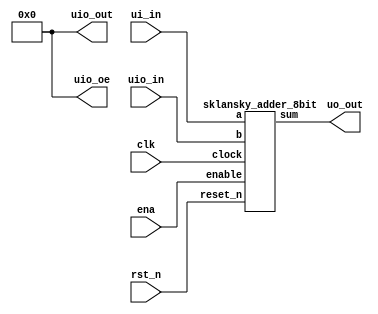
/*
 * Copyright (c) 2024 Daniel Burke
 * SPDX-License-Identifier: Apache-2.0
 */

`timescale 1ns / 1ps
`default_nettype none

module tt_um_drburke3_top (
    input  wire [7:0] ui_in,    // Dedicated inputs
    output wire [7:0] uo_out,   // Dedicated outputs
    input  wire [7:0] uio_in,   // IOs: Input path
    output wire [7:0] uio_out,  // IOs: Output path
    output wire [7:0] uio_oe,   // IOs: Enable path (active high: 0=input, 1=output)
    input  wire       ena,      // will go high when the design is enabled
    input  wire       clk,      // clock
    input  wire       rst_n     // reset_n - low to reset
);

  // All output pins must be assigned. If not used, assign to 0.
  /// assign uo_out  = ui_in + uio_in;  // Example: ou_out is the sum of ui_in and uio_in
  assign uio_out = 0;
  assign uio_oe  = 0;

sklansky_adder_8bit diff_1(
.a      (ui_in[7:0]),   // input a
.sum    (uo_out[7:0]),  // addition out
.b      (uio_in[7:0]),  // input b
.enable (ena),          // will go high when the design is enabled
.clock  (clk),          // clock
.reset_n  (rst_n)       // reset 
);

endmodule


//////////////////////////////////////////////////////////////////////////////////
// Company: Berkeley Neuromorphic
// 
// Design Name: 
// Module Name: sklansky_adder_8bit
// Project Name: 
// Target Devices: 
// Tool Versions: 
// Description: 8-bit generated fast adder with black, gray, and generate-propagate included at bottom
//		naming changed, truncated at 8-bits, and 'multiple packed array wires' error fixed.
// 
// Dependencies: self-contained
// 
// Revision:
// Revision 0.01 - File Created
// Additional Comments:
// from fluffybird2323 generator
// https://github.com/fluffybird2323/n-bit-sklansky-adder-code-generator-notebook/blob/master/README.Black
//////////////////////////////////////////////////////////////////////////////////


/* Generated 8 bit sklansky adder 
In this adder, binary tree of propagate and generate 
cells will first simultaneously generate all the carries, Cin. 
It builds recursively 2-bit adders then 4-bit adders, 8-bit adders, 
16-bit adder and so on by abutting each time two smaller adders. 
*/

module sklansky_adder_8bit(a,b,sum,enable,clock,reset_n);
input [7:0] a;
input [7:0] b;
output reg [7:0] sum;
input  enable;
input  clock;
input  reset_n;

// declare array wires
wire [8:0] g [8:0];
wire [8:0] p [8:0];

assign g[0][0]=1'b0;
assign p[0][0]=1'b0;
	
	generate_propagate GeneratePropagate_00(a[0],b[0],g[1][1],p[1][1]);
	generate_propagate GeneratePropagate_01(a[1],b[1],g[2][2],p[2][2]);
    generate_propagate GeneratePropagate_02(a[2],b[2],g[3][3],p[3][3]);
	generate_propagate GeneratePropagate_03(a[3],b[3],g[4][4],p[4][4]);
	generate_propagate GeneratePropagate_04(a[4],b[4],g[5][5],p[5][5]);
	generate_propagate GeneratePropagate_05(a[5],b[5],g[6][6],p[6][6]);
	generate_propagate GeneratePropagate_06(a[6],b[6],g[7][7],p[7][7]);
	generate_propagate GeneratePropagate_07(a[7],b[7],g[8][8],p[8][8]);

/// nomenclature is first number is clock level (1 is highest)
/// nomenclature is second number is bit position (0 is rightmost)

/// Level 1:	
	gray_cell GrayCell_1_1(g[1][1],p[1][1],g[0][0],g[1][0]);
	black_cell BlackCell_1_3(g[3][3],p[3][3],g[2][2],p[2][2],g[3][2],p[3][2]);
	black_cell BlackCell_1_5(g[5][5],p[5][5],g[4][4],p[4][4],g[5][4],p[5][4]);
	black_cell BlackCell_1_7(g[7][7],p[7][7],g[6][6],p[6][6],g[7][6],p[7][6]);
	
/// Level 2:
	gray_cell grayCell_2_2(g[2][2],p[2][2],g[1][0],g[2][0]);
	gray_cell grayCell_2_3(g[3][2],p[3][2],g[1][0],g[3][0]);
	black_cell BlackCell_2_6(g[6][6],p[6][6],g[5][4],p[5][4],g[6][4],p[6][4]);
	black_cell BlackCell_2_7(g[7][6],p[7][6],g[5][4],p[5][4],g[7][4],p[7][4]);
	
/// Level 3:
	gray_cell GrayCell_3_4(g[4][4],p[4][4],g[3][0],g[4][0]);
	gray_cell grayCell_3_5(g[5][4],p[5][4],g[3][0],g[5][0]);
	gray_cell grayCell_3_6(g[6][4],p[6][4],g[3][0],g[6][0]);
	gray_cell grayCell_3_7(g[7][4],p[7][4],g[3][0],g[7][0]);
	
/// Level 4: (if carry out needed)
///	gray cell_4_8(g[8][8],p[8][8],g[7][0],g[8][0]);

always @(posedge clock)
begin
	if(reset_n == 1'b0)
        begin
            sum <= 8'b00000000;      
        end 
	else if(enable == 1'b1)
        begin
           	sum[0] <= g[0][0]^p[1][1];
		    sum[1] <= g[1][0]^p[2][2];
	       	sum[2] <= g[2][0]^p[3][3];
	      	sum[3] <= g[3][0]^p[4][4];
	       	sum[4] <= g[4][0]^p[5][5];
	       	sum[5] <= g[5][0]^p[6][6];
	       	sum[6] <= g[6][0]^p[7][7];
	       	sum[7] <= g[7][0]^p[8][8];   
    end 
end
	
endmodule

// Generate Propagate code
module generate_propagate(A,B,G,P);
input A,B;
output G,P;
assign G = A&B;
assign P = A^B;
endmodule

// Gray module code
module gray_cell(G4_3,P4_3,G2_2,G4_2);
  input G4_3,P4_3,G2_2;
  output G4_2;
  wire signal;
  assign signal = P4_3 & G2_2;
  assign G4_2=signal | G4_3;
endmodule

// Black module code
module black_cell(G6_8,P6_8,G7_10,P7_10,G6_10,P6_10);
  input G6_8,P6_8,G7_10,P7_10;
  output G6_10,P6_10;
  wire signal;
  assign signal = P6_8 & G7_10;
  assign G6_10=signal | G6_8;
  assign P6_10=P6_8 & P7_10;
endmodule